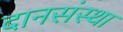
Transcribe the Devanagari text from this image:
दानसंस्था